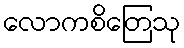
လောကစိတြေသု